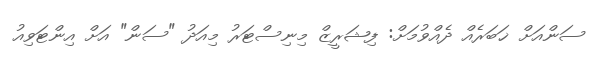
ސަންއަށް ޚަބަރެއް ދެއްވުމަށް: ފިޝަރީޒް މިނިސްޓަރު މިއަދު "ސަން" އަށް އިންޓަވިއު